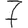
Digit: 7